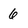
Character: 6